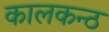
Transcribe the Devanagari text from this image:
कालकन्ठ